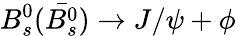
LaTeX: B_{s}^{0}(\bar{B_{s}^{0}})\rightarrow J/\psi+\phi